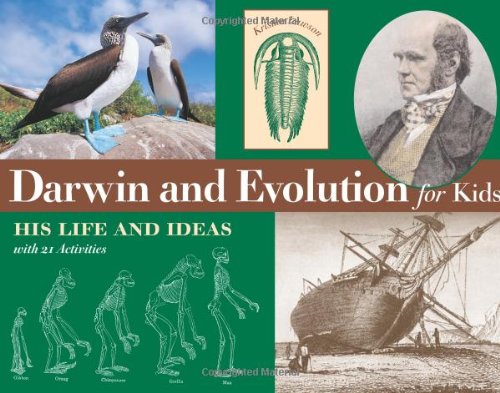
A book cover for Darwin and Evolution for Kids: His Life and Ideas with 21 Activities (For Kids series); Kristan Lawson; Children's Books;